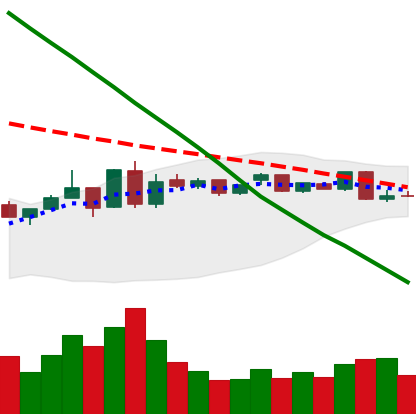
Ticker: ETC-USD
Chart end date: 2019-01-09
Forward return: -12.658%
Label: down_7plus